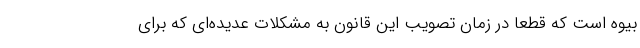
بیوه است که قطعا در زمان تصویب این قانون به مشکلات عدیده‌ای که برای